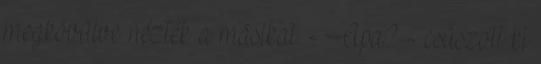
megkövülve nézték a másikat. - Apa? - csúszott ki